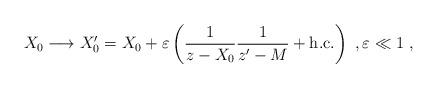
LaTeX: \begin{align*}X_0\longrightarrow X_0'=X_0+\varepsilon\left(\frac{1}{z-X_0}\frac{1}{z'-M}+\mathrm{h.c.}\right)\ ,\varepsilon\ll 1\ ,\end{align*}